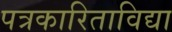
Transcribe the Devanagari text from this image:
पत्रकारिताविद्या